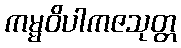
ကမ္မဝိပါကဇသုတ္တ